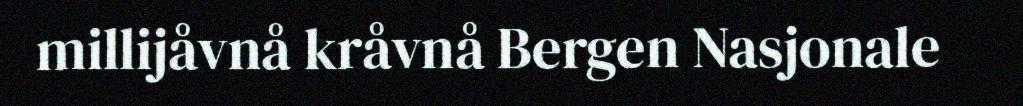
millijåvnå kråvnå Bergen Nasjonale